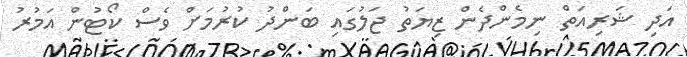
އަދި ޝަރިއަތް ނިމެންދެން ޒިޔަތު ޖަލުގައި ބަންދު ކުރުމަށް ވެސް ކޯޓުން އަމުރު